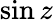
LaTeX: \sin z